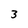
Character: 3